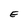
Character: E